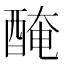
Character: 醃